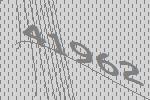
41962